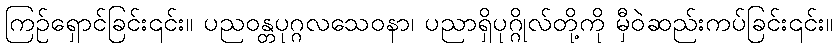
ကြဉ်ရှောင်ခြင်း၎င်း။ ပညဝန္တပုဂ္ဂလသေဝနာ၊ ပညာရှိပုဂ္ဂိုလ်တို့ကို မှီဝဲဆည်းကပ်ခြင်း၎င်း။